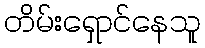
တိမ်းရှောင်နေသူ